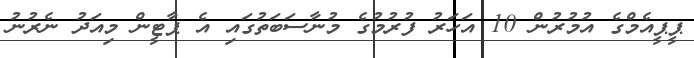
ޕީޕީއެމްގެ އުމުރުން 10 އަހަރު ފުރުމުގެ މުނާސަބަތުގައި އެ ޕާޓީން މިއަދު ނެރުނު